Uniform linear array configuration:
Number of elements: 32
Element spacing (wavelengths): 1
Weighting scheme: exponential
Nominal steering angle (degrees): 30
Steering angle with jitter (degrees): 30.01
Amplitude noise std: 0.05
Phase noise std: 0.05

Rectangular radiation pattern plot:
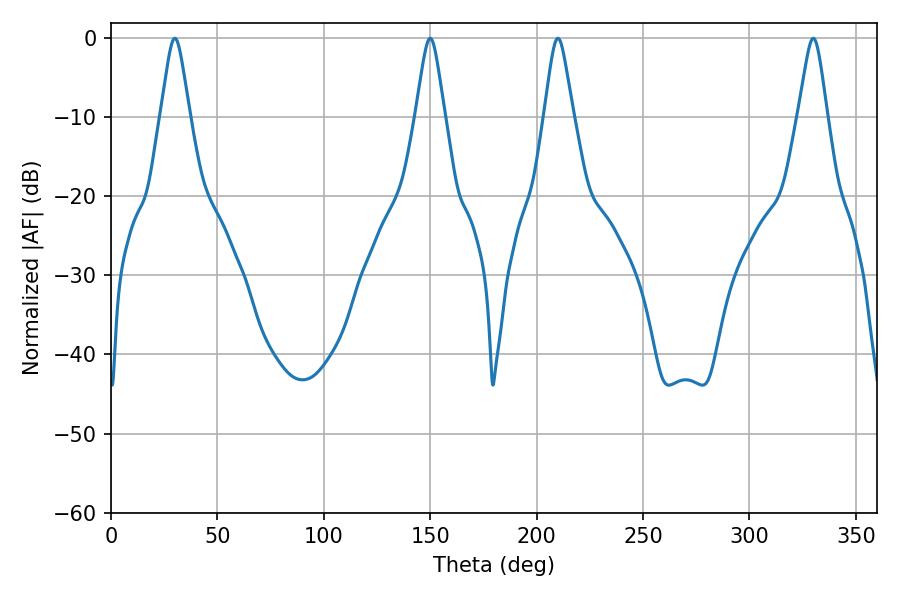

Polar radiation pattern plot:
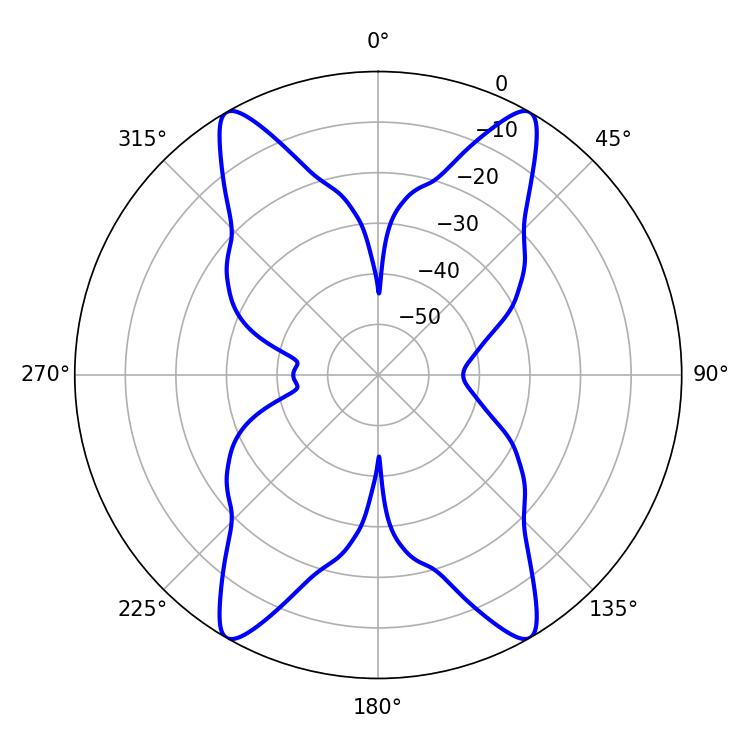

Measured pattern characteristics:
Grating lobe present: TRUE
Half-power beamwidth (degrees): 6.48
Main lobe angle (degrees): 30.06